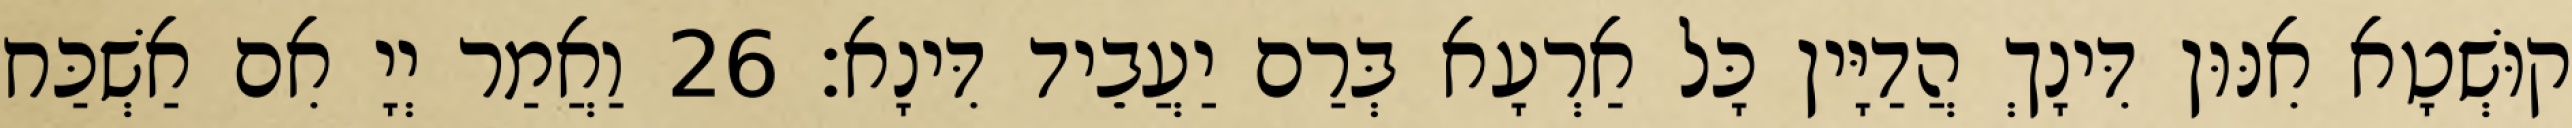
קוּשְׁטָא אִנּוּן דִּינָךְ הֲדַיָּין כָּל אַרְעָא בְּרַם יַעֲבֵיד דִּינָא׃ 26 וַאֲמַר יְיָ אִם אַשְׁכַּח